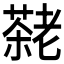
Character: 𫅷